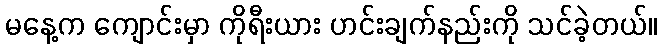
မနေ့က ကျောင်းမှာ ကိုရီးယား ဟင်းချက်နည်းကို သင်ခဲ့တယ်။